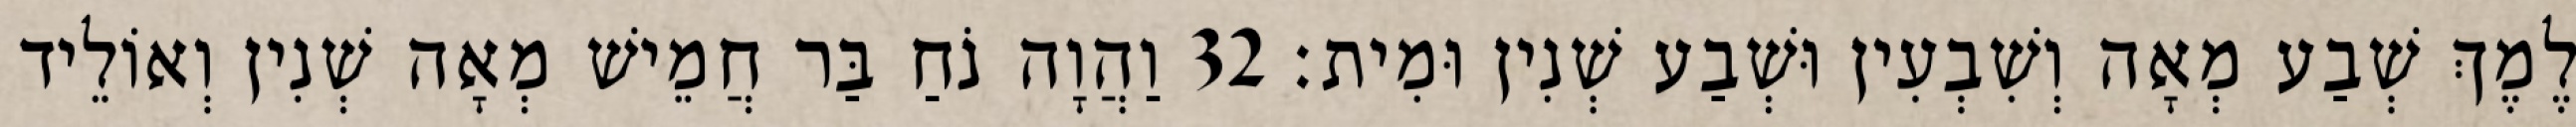
לֶמֶךְ שְׁבַע מְאָה וְשִׁבְעִין וּשְׁבַע שְׁנִין וּמִית׃ 32 וַהֲוָה נֹחַ בַּר חֲמֵישׁ מְאָה שְׁנִין וְאוֹלֵיד